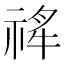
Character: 𬓄